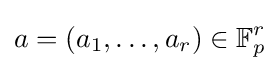
a=(a_{1},\ldots ,a_{r})\in \mathbb {F} _{p}^{r}